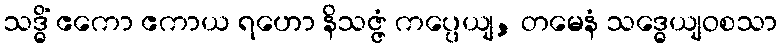
သဒ္ဓိံ ဧကော ဧကာယ ရဟော နိသဇ္ဇံ ကပ္ပေယျ, တမေနံ သဒ္ဓေယျဝစသာ